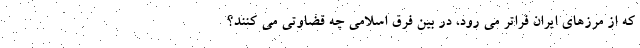
که از مرزهای ایران فراتر می رود، در بین فِرق اسلامی چه قضاوتی می کنند؟